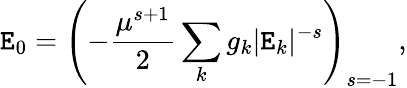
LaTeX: \mathtt{E}_{0}=\left(-\frac{{\mu^{s+1}}}{{2}}\sum_{k}g_{k}|\mathtt{E}_{k}|^{-s}\right)_{s=-1},